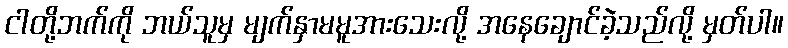
ငါတို့ဘက်ကို ဘယ်သူမှ မျက်နှာမမူအားသေးလို့ အနေချောင်ခဲ့သည်လို့ မှတ်ပါ။